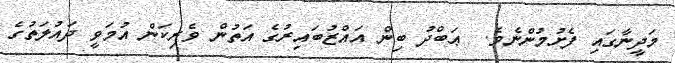
މަދީނާގައި ފެށުމުންނެވެ.  ޢަބްދު ބިން އައްޒުބައިރުގެ އަތުން ވެރިކަން އުމަވީ ދައުލަތުގެ